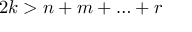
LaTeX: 2 k > n + m + \ldots + r